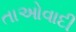
તાઓવાદી